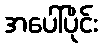
အပေါ်ပိုင်း